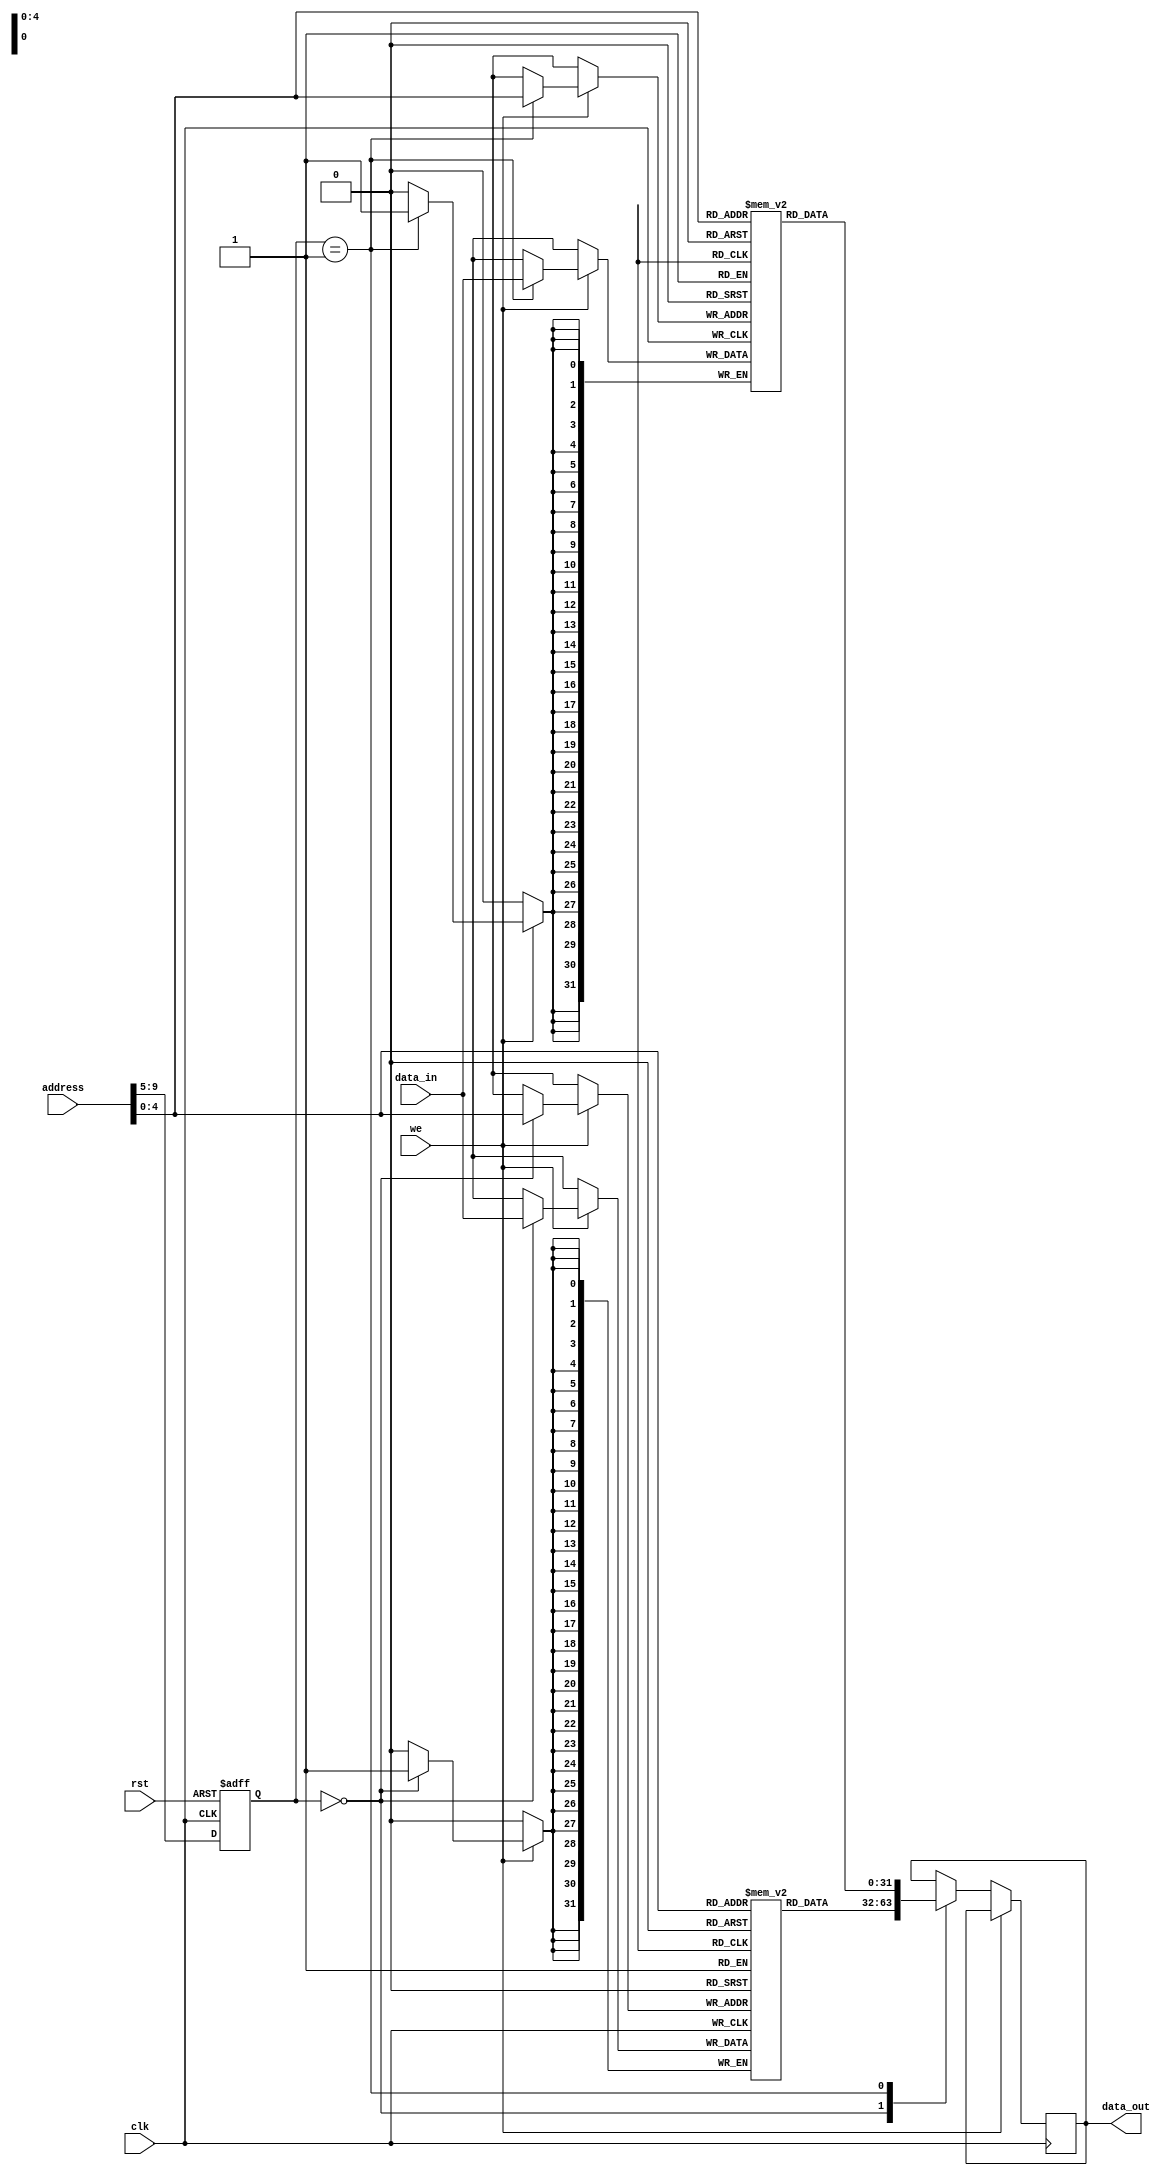
module MemoryBlocks_HBM(
    input wire clk,
    input wire rst,
    input wire [31:0] address,
    input wire [31:0] data_in,
    input wire we,
    output wire [31:0] data_out
);

// Declare memory blocks
reg [31:0] memory_block_1 [31:0];
reg [31:0] memory_block_2 [31:0];
// Add more memory blocks as needed

// Address decoding logic
reg [4:0] memory_block_select;

always @ (posedge clk or posedge rst)
begin
    if (rst)
    begin
        memory_block_select <= 5'b00000;
    end
    else
    begin
        memory_block_select <= address[9:5];
    end
end

// ECC functionality
reg [31:0] ECC_data_in;
reg [31:0] ECC_data_out;
// Add ECC functionality code here

// Read and write operations
always @ (posedge clk)
begin
    if (we)
    begin
        case (memory_block_select)
            5'b00000: memory_block_1[address[4:0]] <= data_in;
            5'b00001: memory_block_2[address[4:0]] <= data_in;
            // Add more cases for additional memory blocks
            default: $display("Error: Invalid memory block selected");
        endcase
    end
    else
    begin
        case (memory_block_select)
            5'b00000: data_out <= memory_block_1[address[4:0]];
            5'b00001: data_out <= memory_block_2[address[4:0]];
            // Add more cases for additional memory blocks
            default: $display("Error: Invalid memory block selected");
        endcase
    end
end

endmodule